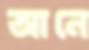
আনে